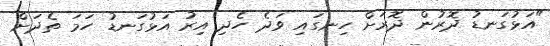
"އަޅުގަނޑު ދޮރުން ދޮރަށް ހިނގައި ވަދެ ހެދި އިރު އަޅުގަނޑު ހަމަ ތެދަށް